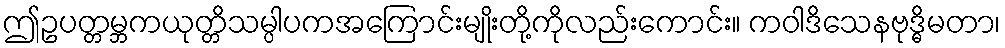
ဤဥပတ္တမ္ဘကယုတ္တိသမ္ပါပကအကြောင်းမျိုးတို့ကိုလည်းကောင်း။ ကဝါဒိသေနဗုဒ္ဓိမတာ၊